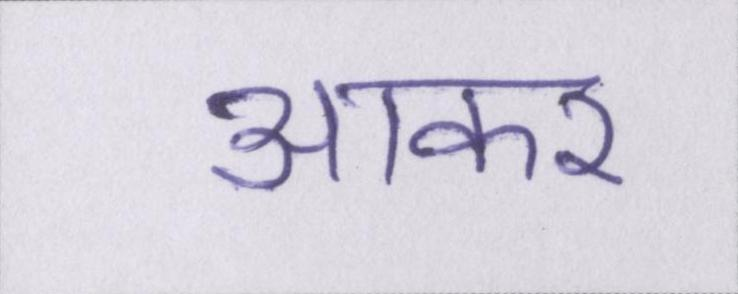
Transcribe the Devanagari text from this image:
आकर